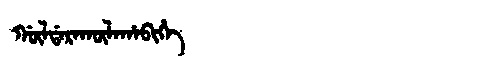
Manchu: ᡤᡡᠯᡩᠠᡵᠠᡴᡡᠯᠠᡥᠠᠪᡳᡥᡝ
Romanization: GŪLDARAKŪLAHABIHE